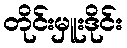
တိုင်းမှူးဒိုင်း